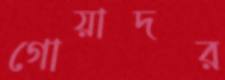
গোয়াদর